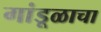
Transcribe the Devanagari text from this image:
गांडूळाचा